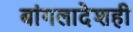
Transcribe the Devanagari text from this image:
बांगलादेशही